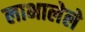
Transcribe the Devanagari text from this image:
लाभालेले